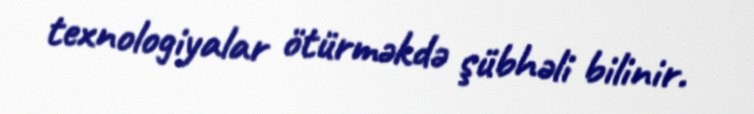
texnologiyalar ötürməkdə şübhəli bilinir.